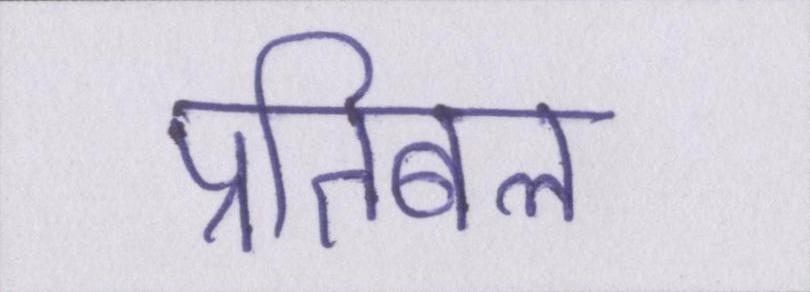
प्रतिबल